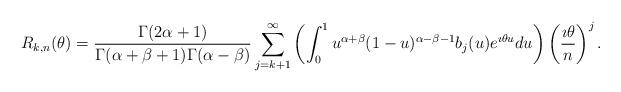
LaTeX: \begin{align*}R_{k,n}(\theta)=\frac{\Gamma(2\alpha+1)}{\Gamma(\alpha+\beta+1)\Gamma(\alpha-\beta)}\sum_{j=k+1}^{\infty}\left(\int_{0}^{1}u^{\alpha+\beta}(1-u)^{\alpha-\beta-1}b_j(u) e^{\imath\theta u}du\right)\left(\frac{\imath \theta}{n}\right)^{j}.\end{align*}